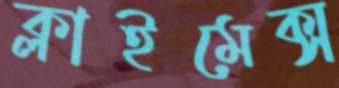
ক্লাইমেক্স